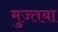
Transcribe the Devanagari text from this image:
मुज्तबा